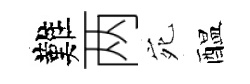
難两宛醖